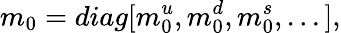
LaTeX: m_{0}=diag[m_{0}^{u},m_{0}^{d},m_{0}^{s},...],